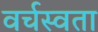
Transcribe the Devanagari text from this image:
वर्चस्वता